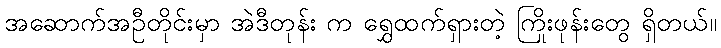
အဆောက်အဦတိုင်းမှာ အဲဒီတုန်း က ရွှေထက်ရှားတဲ့ ကြိုးဖုန်းတွေ ရှိတယ်။